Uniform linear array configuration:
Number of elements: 64
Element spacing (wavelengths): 0.75
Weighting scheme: hann
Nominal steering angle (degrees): -45
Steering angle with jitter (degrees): -46.405
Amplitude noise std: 0.05
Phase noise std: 0.05

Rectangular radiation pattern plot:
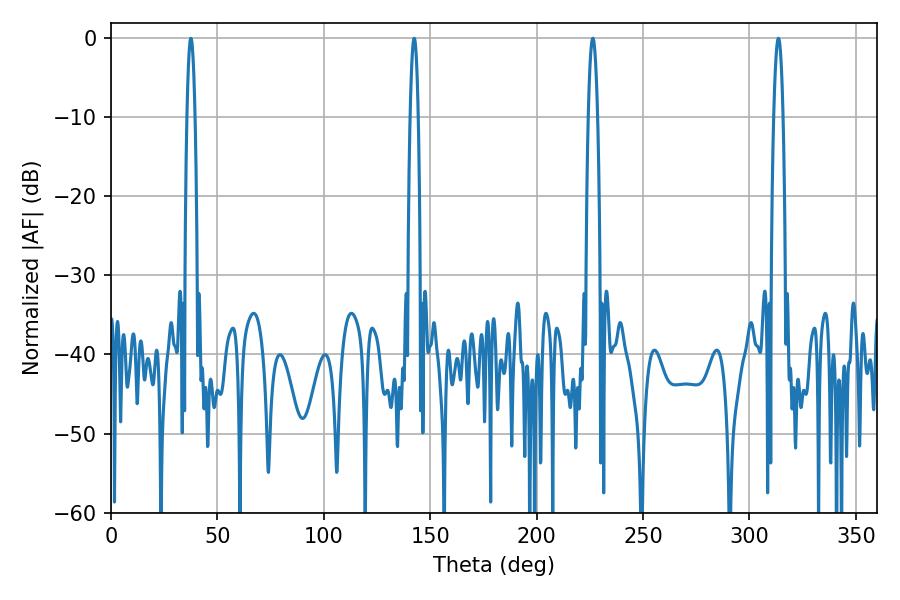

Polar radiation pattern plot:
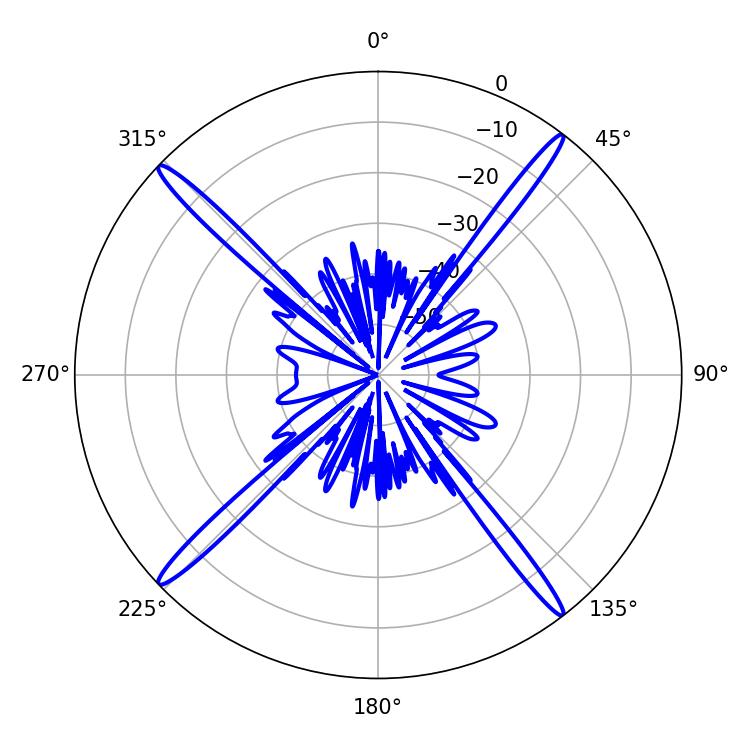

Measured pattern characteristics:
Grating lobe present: TRUE
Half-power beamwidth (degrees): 2.34
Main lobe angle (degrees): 313.56